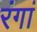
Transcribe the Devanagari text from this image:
रंगां